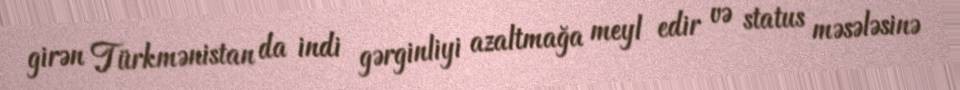
girən Türkmənistan da indi gərginliyi azaltmağa meyl edir və status məsələsinə